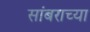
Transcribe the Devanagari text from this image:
सांबराच्या